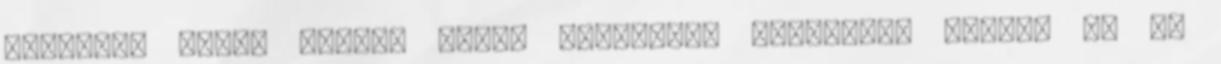
felkelsz tőle, Öt-hat hétig használd, megmondom előre. 4. Ó,